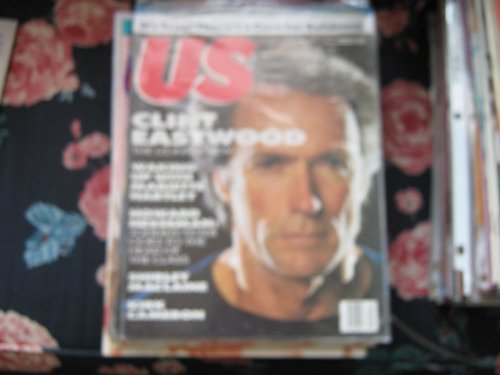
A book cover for US Magazine ~ Clint Eastwood ~ January 26, 1987 Volume 3 Number 42 (Cover featuring Clint Eastwood ~ The US Interview, Vol. 3, No. 42); Health, Fitness & Dieting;